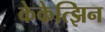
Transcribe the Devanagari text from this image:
केकेत्झिन